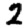
Digit: 2